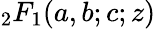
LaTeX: {_2F_{1}}(a,b;c;z)